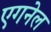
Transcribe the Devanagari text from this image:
एगनेल